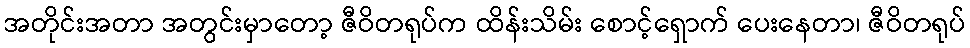
အတိုင်းအတာ အတွင်းမှာတော့ ဇီဝိတရုပ်က ထိန်းသိမ်း စောင့်ရှောက် ပေးနေတာ၊ ဇီဝိတရုပ်